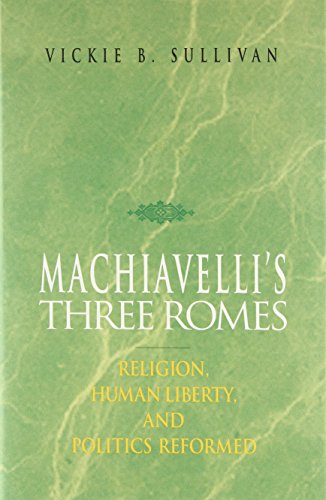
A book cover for Machiavelli's Three Romes: Religion, Human Liberty, and Politics Reformed; Vickie B. Sullivan; Politics & Social Sciences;